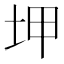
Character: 𡊠